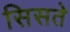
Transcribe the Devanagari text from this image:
सिसते